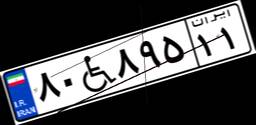
۲۸W۴۸۳۹۴